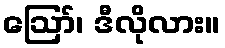
ဪ၊ ဒီလိုလား။